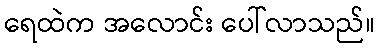
ရေထဲက အလောင်း ပေါ်လာသည်။